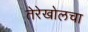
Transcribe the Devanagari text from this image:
तेरेखोलचा